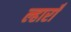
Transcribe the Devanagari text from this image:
ल्हाराँ